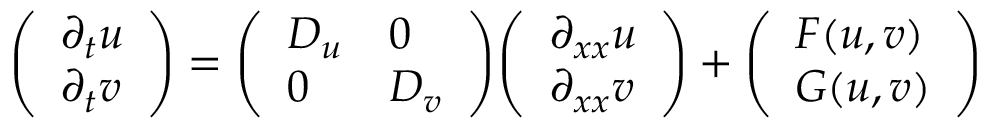
{ \left( \begin{array} { l } { \partial _ { t } u } \\ { \partial _ { t } v } \end{array} \right) } = { \left( \begin{array} { l l } { D _ { u } } & { 0 } \\ { 0 } & { D _ { v } } \end{array} \right) } { \left( \begin{array} { l } { \partial _ { x x } u } \\ { \partial _ { x x } v } \end{array} \right) } + { \left( \begin{array} { l } { F ( u , v ) } \\ { G ( u , v ) } \end{array} \right) }